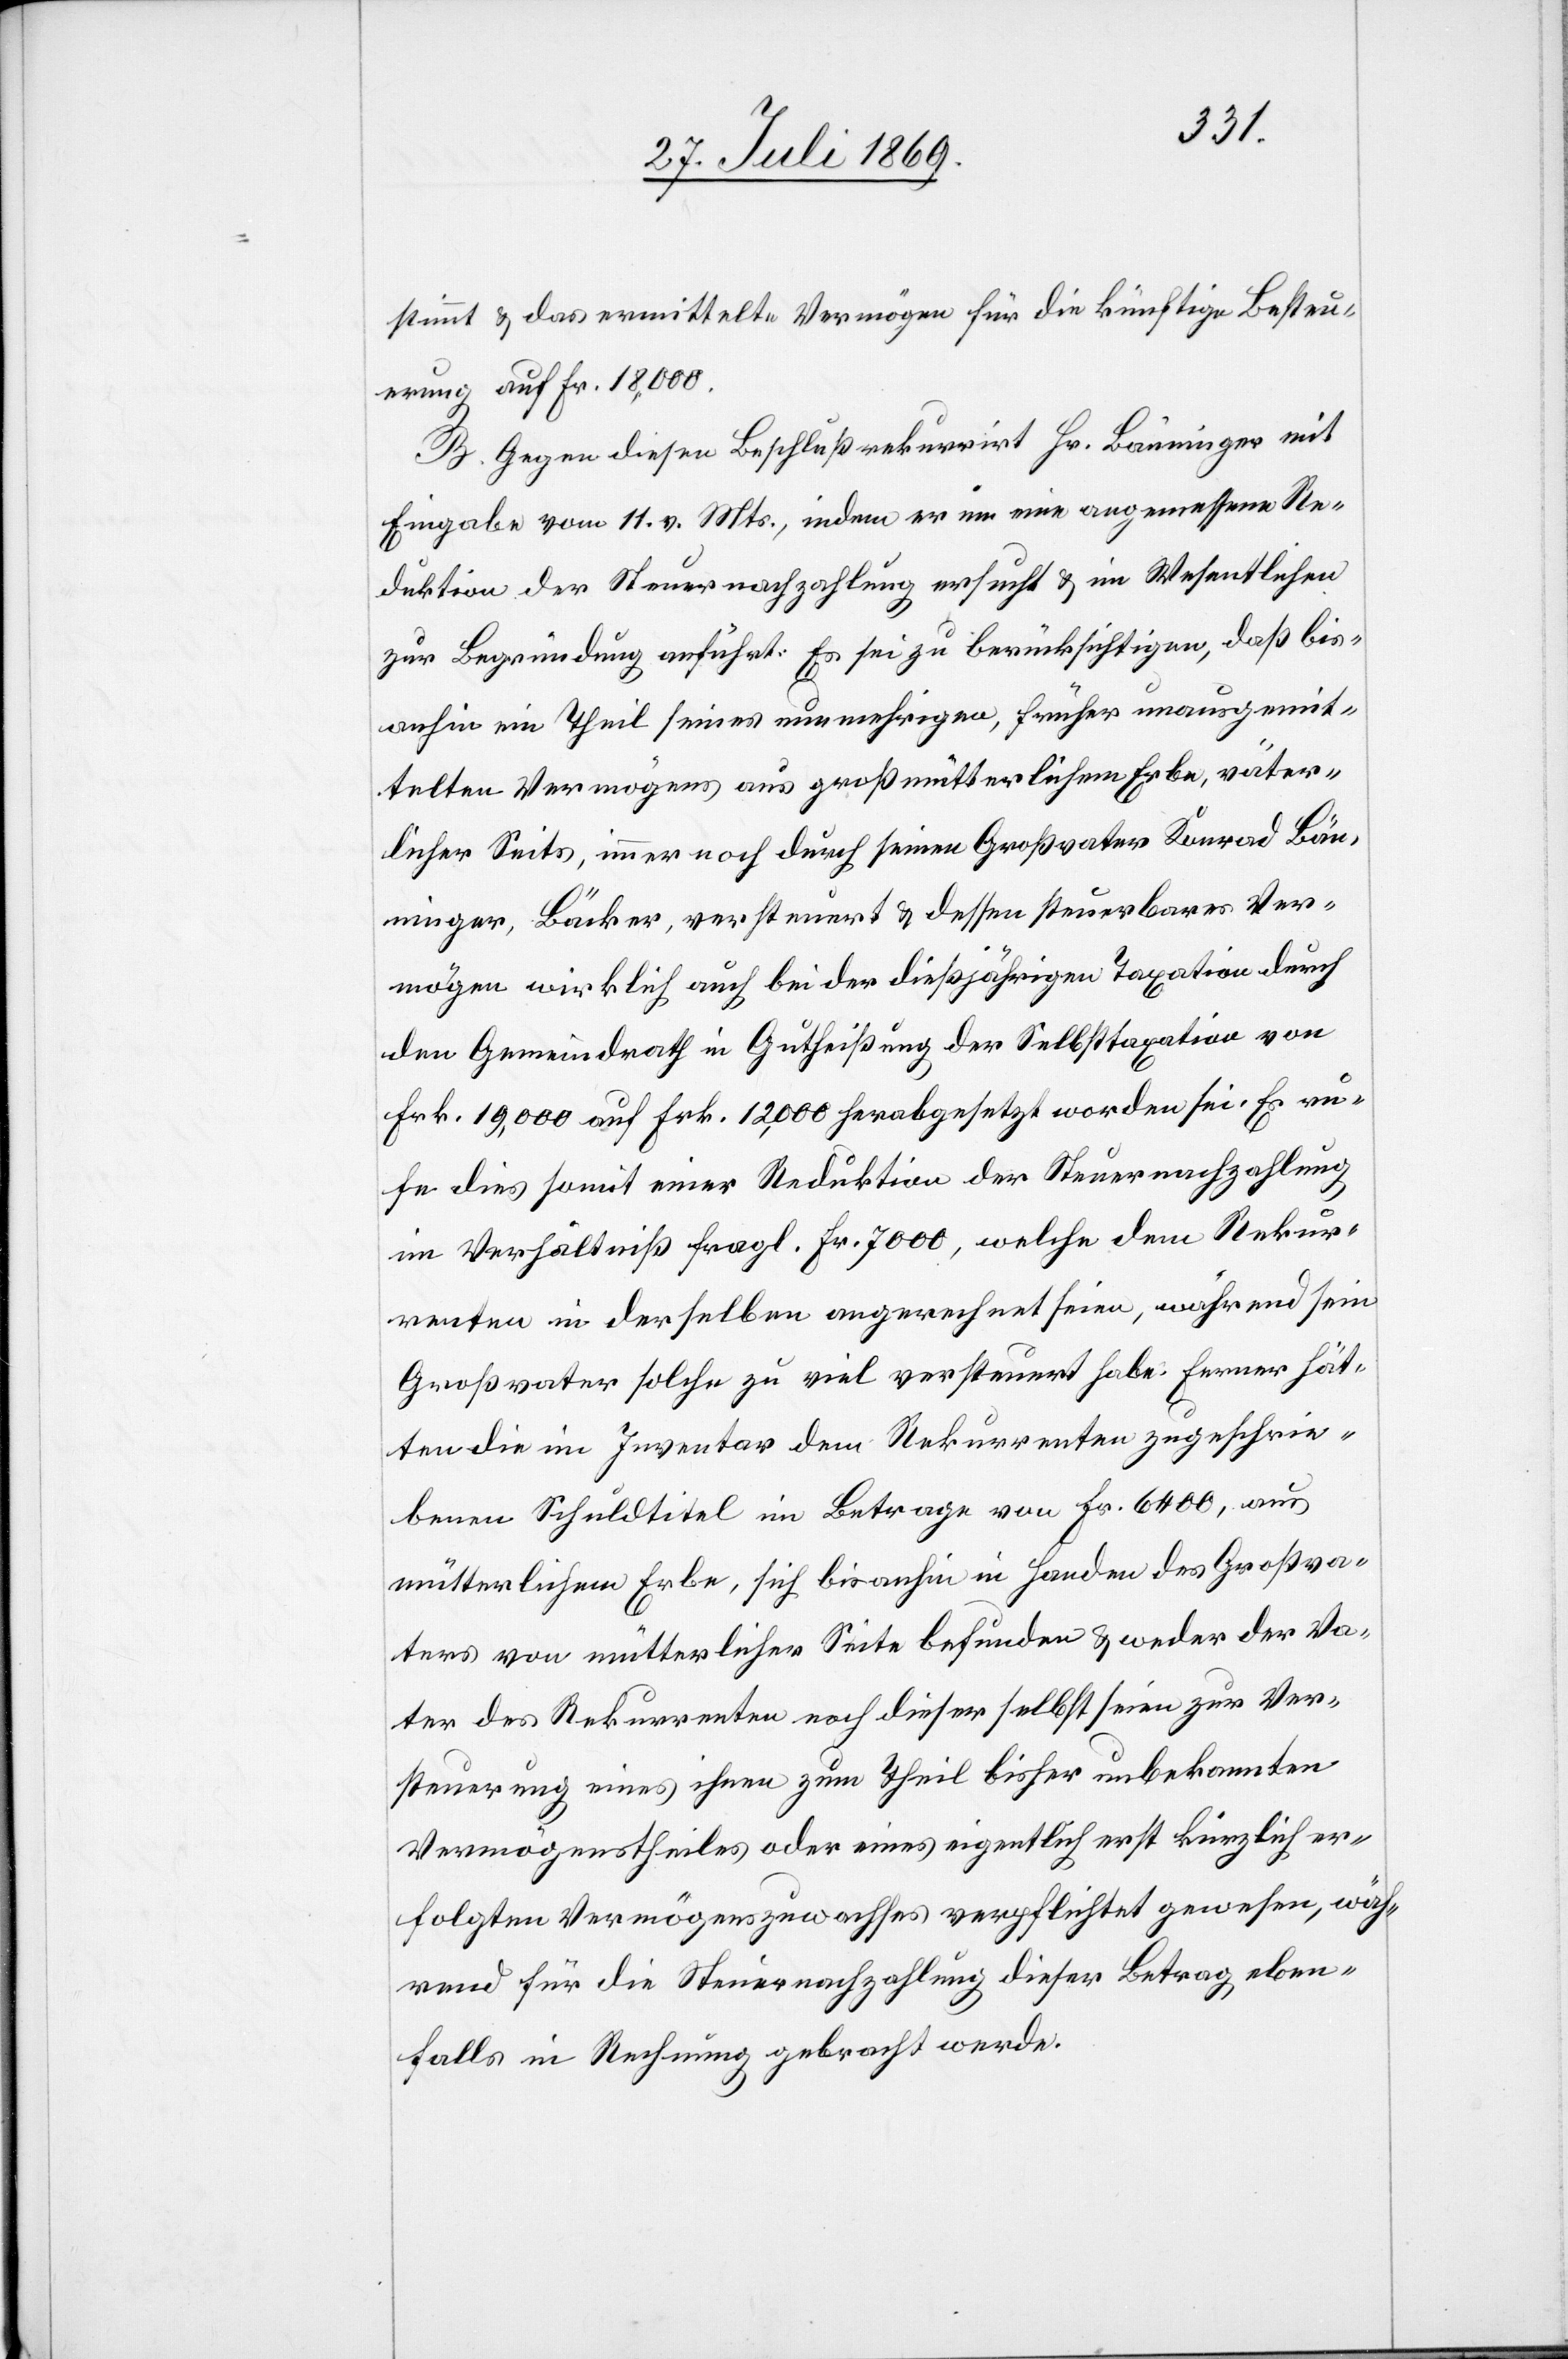
stimmt u. das ermittelte Vermögen für die künftige Besteu¬
erung auf Fr. 18,000.
B. Gegen diesen Beschluß rekurrirt Hr. Bänninger mit
Eingabe vom 11. v. Mts., indem er eine angemessene Re¬
duktion der Steuernachzahlung ersucht u. im Wesentlichen
zur Begründung anführt: Es sei zu berücksichtigen, daß bis¬
anhin ein Theil seines nunmehrigen, früher unausgemit¬
telten Vermögens aus großmütterlichem Erbe, väter¬
licher Seits, immer noch durch seinen Großvater Konrad Bän¬
ninger, Bäcker, versteuert, u. dessen steuerbares Ver¬
mögen wirklich auch bei der diesjährigen Taxation durch
den Gemeindrath in Gutheißung der Selbsttaxation von
Frk. 19,000 auf Frk. 12,000 herabgesetzt worden sei. Es ru¬
fe dies somit einer Reduktion der Steuernachzahlung
im Verhältniß fragl. Fr. 7000, welche den Rekur¬
renten in derselben angerechnet seien, während sein
Großvater solche zu viel versteuert habe. Ferner hät¬
ten die im Inventar dem Rekurrenten zugeschrie¬
benen Schuldtitel im Betrage von Fr. 6400, aus
mütterlichem Erbe, sich bisanhin in Handen des Großva¬
ters von mütterlicher Seite befunden u. weder der Va¬
ter des Rekurrenten noch dieser selbst seien zur Ver¬
steuerung eines ihnen zum Theil bisher unbekannten
Vermögenstheiles oder eines eigentlich er kürzlich er¬
folgten Vermögenszuwachses verpflichtet gewesen, wäh¬
rend für die Steuernachzahlung dieser Betrag, eben¬
falls in Rechnung gebracht werde.